Vaccination in Bombay 1913-1923 - 1913-1923
Year: 1913
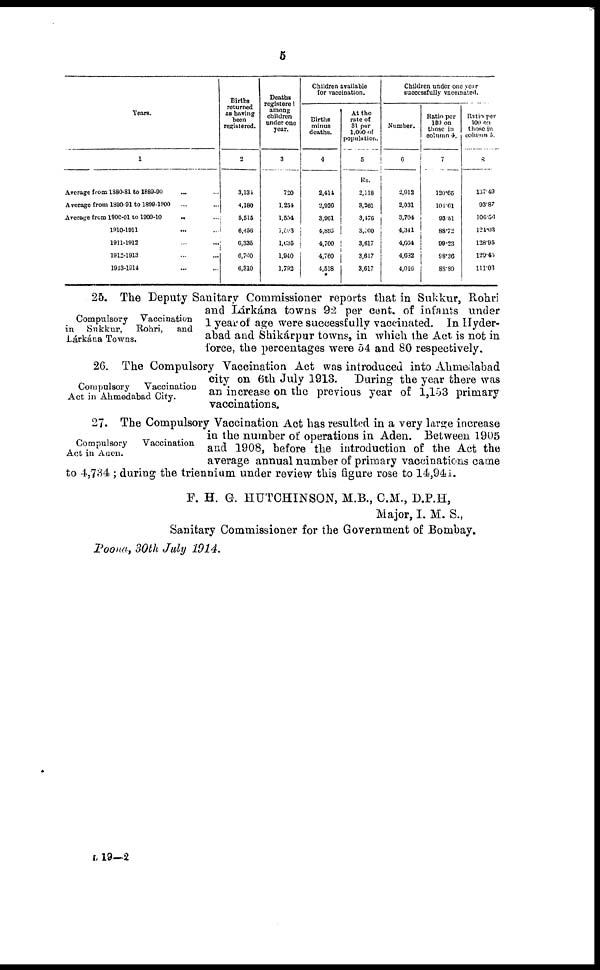
5
Years.
1
Average from 1880-81 to 1889-90 ... ...
Average from 1890-91 to 1899-1900 ... ...
Average from 1900-01 to19009-10
.. ...
1910-1911 ... ...
1911-1912 ... ...
1912-1913 ... ...
1913-1914 ... ...
Births
returned
as having
been
registered.
2
3,134
4,180
5,515
6,456
6,335
6,700
6,310
Deaths
registered
among
children
under one
year.
3
720
1,254
1,554
1,563
1,035
1,940
1,792
Children available
for vaccination.
Births
minus
deaths.
4
2,414
2,926
3,961
4,893
4,700
4,760
4,518
At the
rate of
31 per
1,000 of
population.
5
Rs.
2,118
3,361
3,476
3,500
3,617
3,617
3,617
Children under one year
successfully vaccinated.
Number.
6
2,912
2,031
3,704
4,341
4,664
4,682
4,016
Ratio per
100 on
those in
column 4.
7
120.65
104.61
93,51
88.72
99.23
98·36
88.89
Ratio per
100 on
those in
column 5.
8
137.49
93.87
106.56
124.03
128.95
129·45
111.03
Compulsory
Vaccination
in Sukkur,
Rohri,
and
Lárkána Towns.
25. The Deputy Sanitary Commissioner reports that in Sukkur, Rohri
and Lárkána towns 92 per cent. of infants under
1 year of age were successfully vaccinated. In Hyder-
abad and Shikárpur towns, in which the Act is not in
force, the percentages were 54 and 80 respectively.
Compulsory
Vaccination
Act in Ahmedabad City.
26. The Compulsory Vaccination Act was introduced into Ahmedabad
city on 6th July 1913. During the year there was
an increase on the previous year of 1,153 primary
vaccinations.
Compulsory
Vaccination
Act in Aden.
27. The Compulsory Vaccination Act has resulted in a very large increase
in the number of operations in Aden. Between 1905
and 1908, before the introduction of the Act the
average annual number of primary vaccinations came
to 4,734 ; during the triennium under review this figure rose to 14,941.
F. H. G. HUTCHINSON, M.B., C.M., D.P.H,
Major, I. M. S.,
Sanitary Commissioner for the Government of Bombay.
Poona, 30th July 1914.
L 19—2